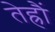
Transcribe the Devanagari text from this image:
तेह्रौं